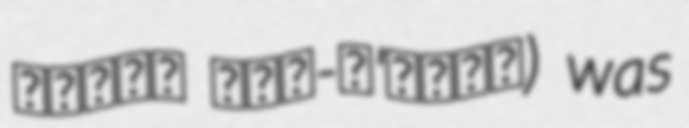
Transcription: הפועל בני-ג'דידה) was